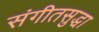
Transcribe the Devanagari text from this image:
संगीतसुद्धा